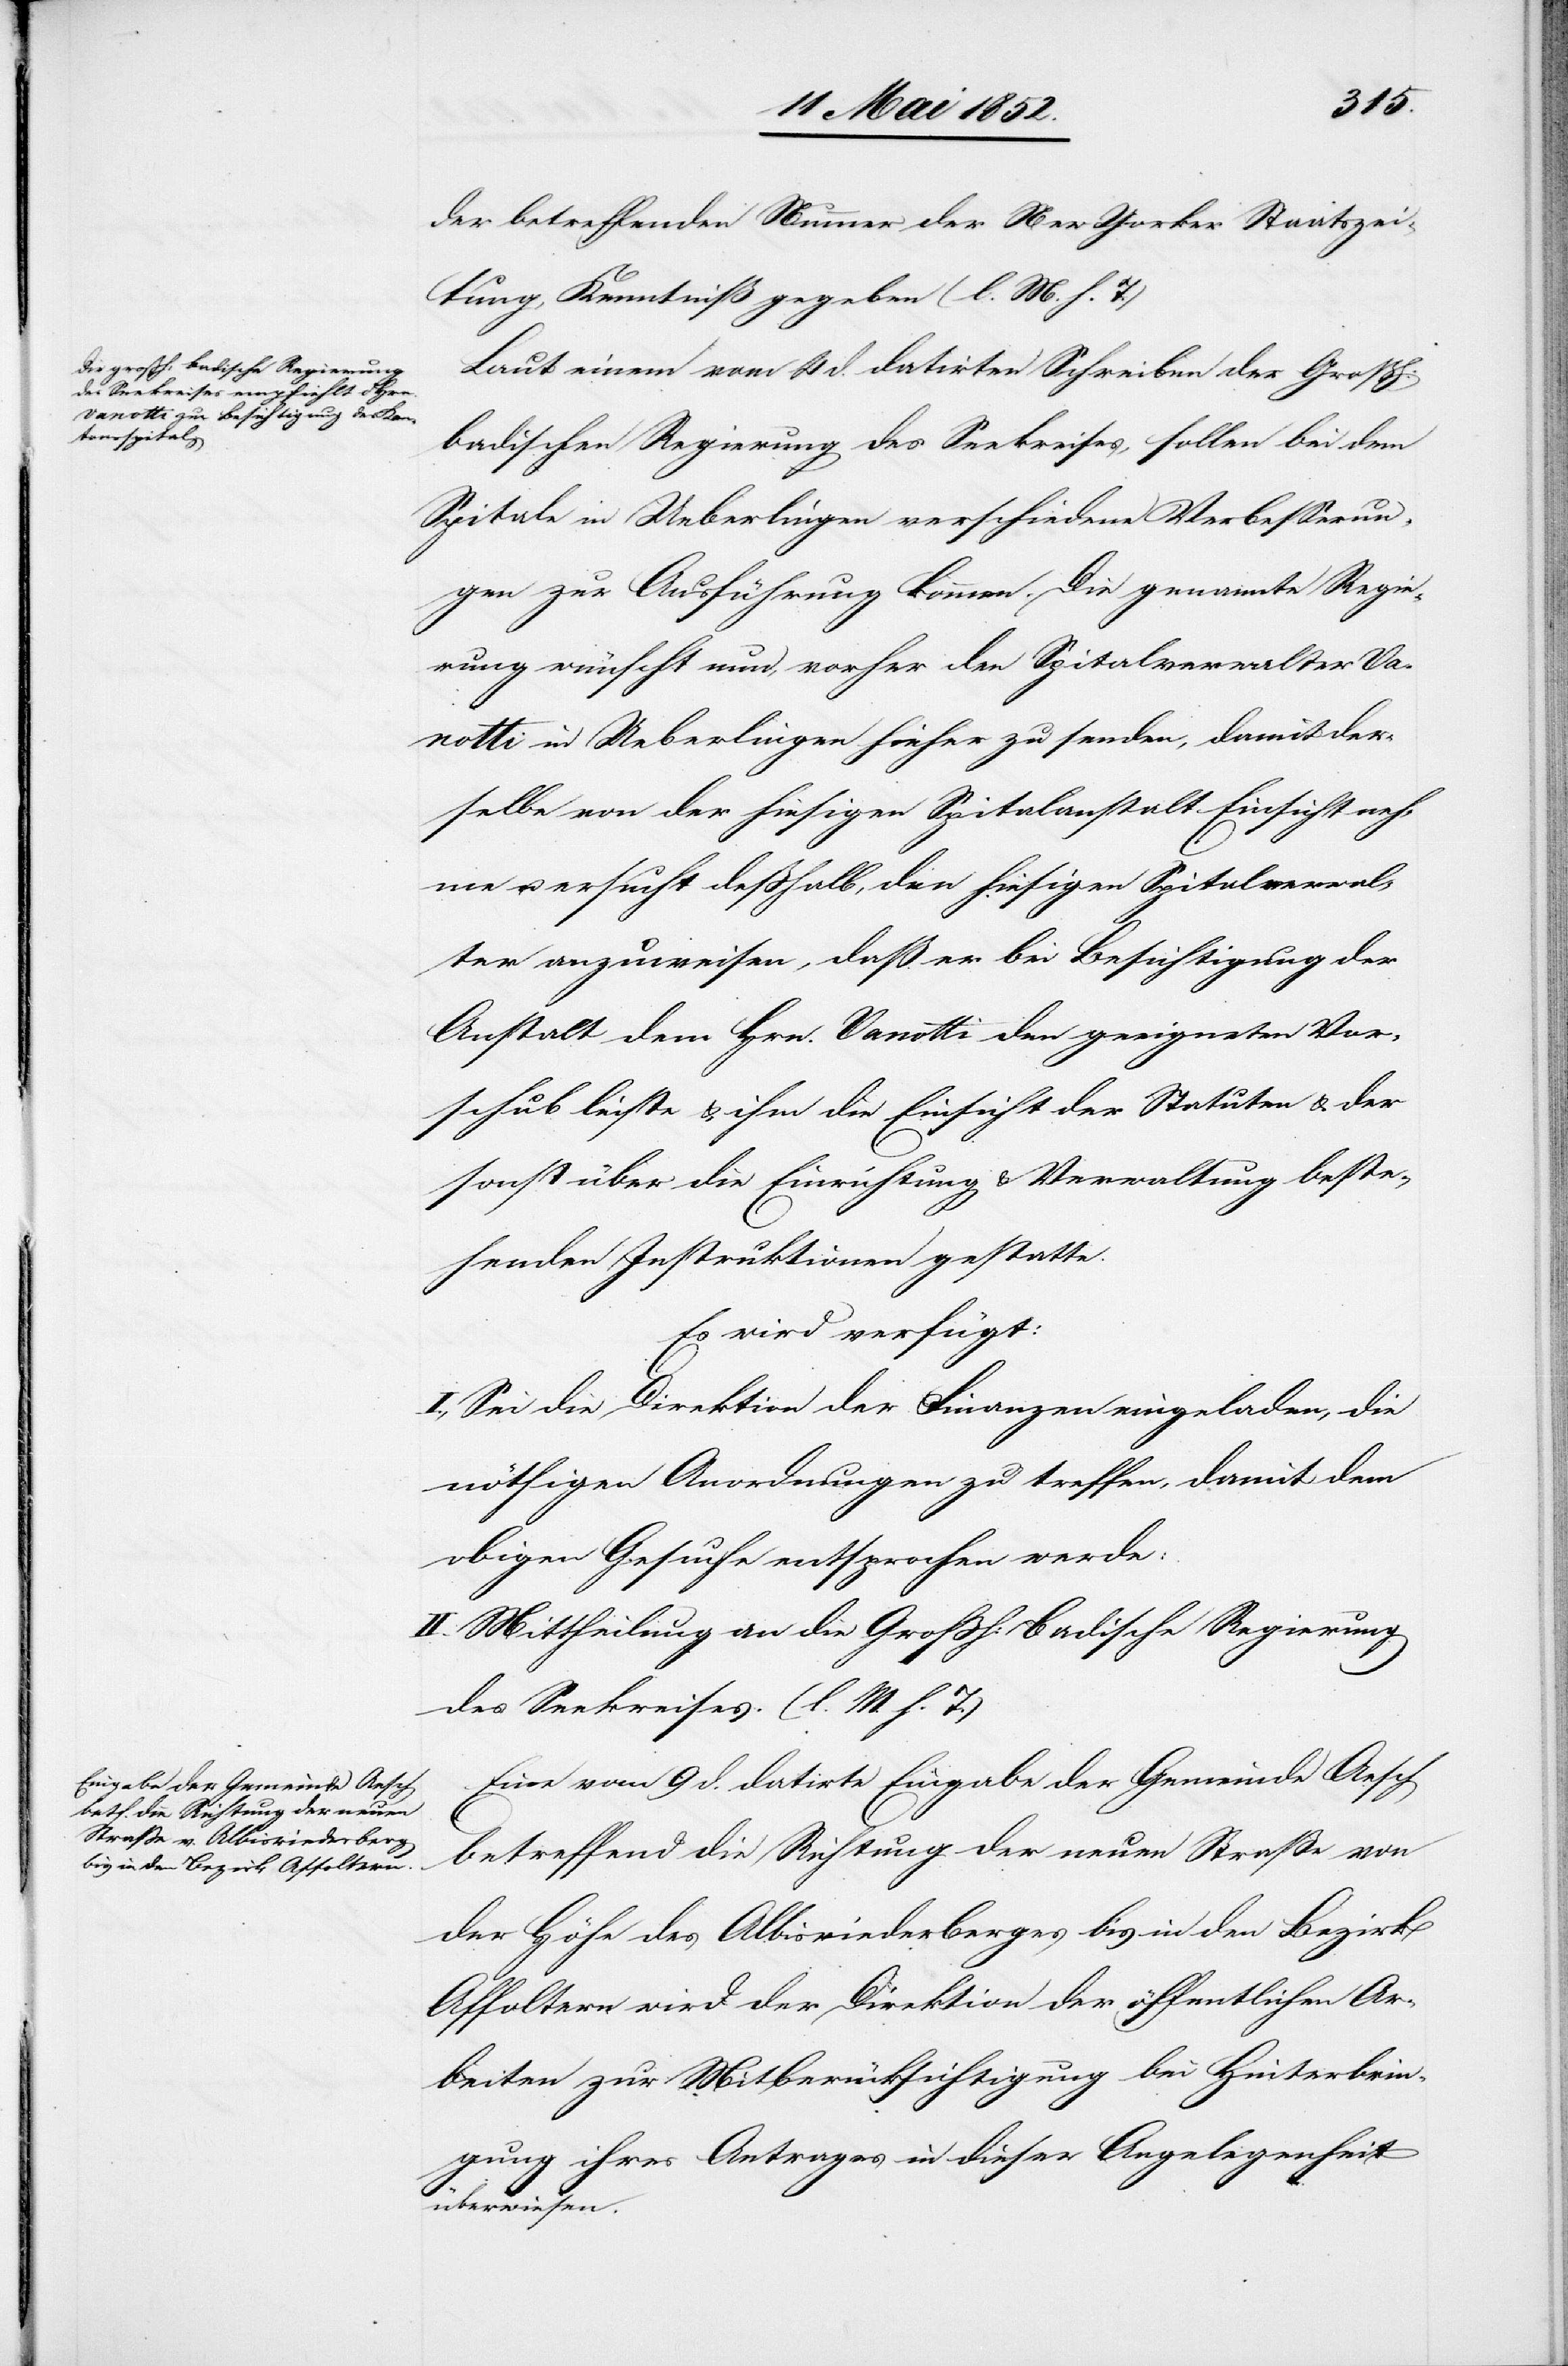
14 Mai 1852.]
der betreffenden Nummer der New Yorker Staatszei¬
tung, Kenntniß gegeben (l. M. h. T.)
Laut einem vom 4 d. datirten Schreiben der Grossh:
badischen Regierung des Seekreises, sollen bei dem
Spitale in Ueberlingen verschiedene Verbesserun¬
gen zur Ausführung kommen. Die genannte Regie¬
rung wünscht nun, vorher den Spitalverwalter Va¬
notti in Ueberlingen hieher zu senden, damit der¬
selbe von der hiesigen Spitalanstalt Einsicht neh¬
me u. ersucht desshalb, den hiesigen Spitalverwal¬
ter anzuweisen, daß er bei Besichtigung der
Anstalt dem Hrn. Vanotti den geeigneten Vor¬
schub leiste & ihm die Einsicht der Statuten & der
sonst über die Einrichtung & Verwaltung beste¬
henden Instruktionen gestatte.
Es wird verfügt:
I., Sei die Direktion der Finanzen eingeladen, die
nöthigen Anordnungen zu treffen, damit dem
obigen Gesuche entsprochen werde.
II. Mittheilung an die Grossh: Badische Regierung
des Seekreises. (l. M. h. T.)
Eine vom 9 d. datirte Eingabe der Gemeinde Aesch
betreffend die Richtung der neuen Straße von
der Höhe des Albisriederberges bis in den Bezirk
Affoltern wird der Direktion der öffentlichen Ar¬
beiten zur Mitberücksichtigung bei Hinterbrin¬
gung ihres Antrages in dieser Angelegenheit
überwiesen.